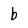
Character: b